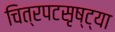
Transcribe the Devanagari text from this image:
चित्रपटसृष्ट्या